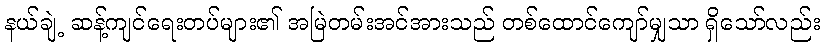
နယ်ချဲ့ ဆန့်ကျင်ရေးတပ်များ၏ အမြဲတမ်းအင်အားသည် တစ်ထောင်ကျော်မျှသာ ရှိသော်လည်း